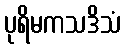
ပုရိမကသဒိသံ